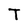
Character: T